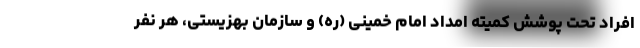
افراد تحت پوشش کمیته امداد امام خمینی (ره) و سازمان بهزیستی، هر نفر